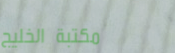
مكتبة الخليج